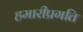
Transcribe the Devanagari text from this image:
हमारीप्रगति